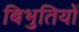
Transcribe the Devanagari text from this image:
बिभुतियों